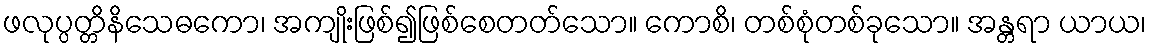
ဖလုပ္ပတ္တိနိသေဓကော၊ အကျိုးဖြစ်၍ဖြစ်စေတတ်သော။ ကောစိ၊ တစ်စုံတစ်ခုသော။ အန္တရာ ယာယ၊